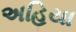
અહિયા